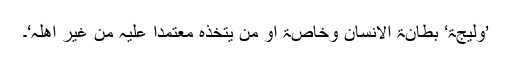
’وَلِیْجَۃ‘ بطانۃ الانسان وخاصۃ او من یتخذہ معتمدا علیہ من غیر اھلہ‘۔